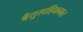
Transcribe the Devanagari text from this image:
बैतुलहिकमत